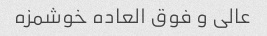
عالی و فوق العاده خوشمزه